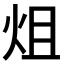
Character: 𤇅